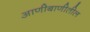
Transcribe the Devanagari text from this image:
आणीबाणीतील